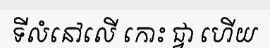
ទីលំនៅលើ កោះ ជ្វា ហើយ